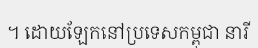
។ ដោយឡែកនៅប្រទេសកម្ពុជា នារី